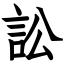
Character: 訟